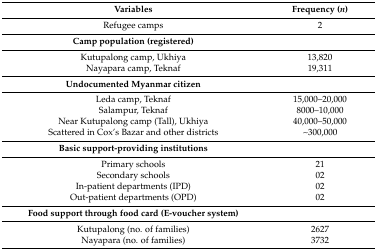
| Variables | Frequency (n) |
 | --- | --- |
 | Refugee camps | 2 |
 | Camp population (registered) |  |
 | Kutupalong camp, Ukhiya | 13,820 |
 | Nayapara camp, Teknaf | 19,311 |
 | Undocumented Myanmar citizen |  |
 | Leda camp, Teknaf | 15,000–20,000 |
 | Salampur, Teknaf | 8000–10,000 |
 | Near Kutupalong camp (Tall), Ukhiya | 40,000–50,000 |
 | Scattered in Cox’s Bazar and other districts | ~300,000 |
 | Basic support-providing institutions |  |
 | Primary schools | 21 |
 | Secondary schools | 02 |
 | In-patient departments (IPD) | 02 |
 | Out-patient departments (OPD) | 02 |
 | Food support through food card (E-voucher system) |  |
 | Kutupalong (no. of families) | 2627 |
 | Nayapara (no. of families) | 3732 |